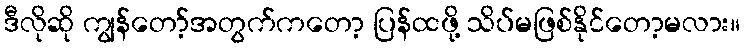
ဒီလိုဆို ကျွန်တော့်အတွက်ကတော့ ပြန်ထဖို့ သိပ်မဖြစ်နိုင်တော့မလား။